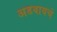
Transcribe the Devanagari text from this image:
अडवायचे